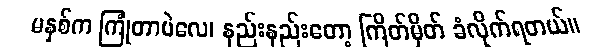
မနှစ်က ကြုံတာပဲလေ၊ နည်းနည်းတော့ ကြိတ်မှိတ် ခံလိုက်ရတယ်။